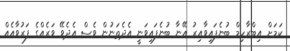
ކަމަށް އިބްރާހިމް ބުނެފައިވާއިރު އޭނާ ބުނެފައިވަނީ އެދެތަނުން ވެސް އެދެވޭ ވަރެއްގެ ފަރުވާއެއް